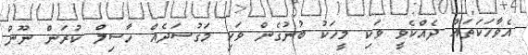
އެވާހަކަތައް ދެއްކެވީ ވަކި މީހަކު ބުނުގެން ވަކި މަގުސަދެއް ހާސިލް ކުރަން ނޫން